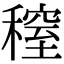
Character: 𥡫